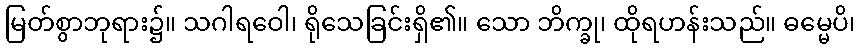
မြတ်စွာဘုရား၌။ သဂါရဝေါ၊ ရိုသေခြင်းရှိ၏။ သော ဘိက္ခု၊ ထိုရဟန်းသည်။ ဓမ္မေပိ၊